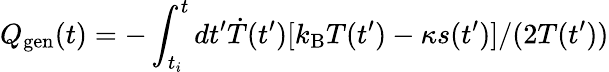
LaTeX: Q_{\mathrm{gen}}(t)=-\int_{t_{i}}^{t}dt^{\prime}\dot{T}(t^{\prime})[k_{\mathrm{B}}T(t^{\prime})-\kappa s(t^{\prime})]/(2T(t^{\prime}))